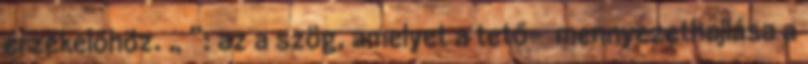
érzékelõhöz. „α”: az a szög, amelyet a tető- mennyezethajlása a